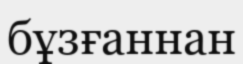
бұзғаннан